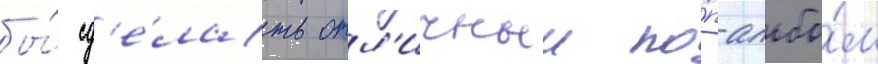
бы́ сд'е́лать отл'ичныи по́п-альбо́м